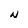
Character: N